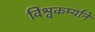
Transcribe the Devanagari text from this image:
विश्वकर्म्याने